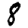
Digit: 8